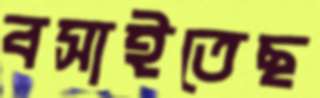
বসাইতেছ